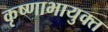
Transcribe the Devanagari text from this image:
कृष्णाभायुक्त